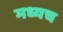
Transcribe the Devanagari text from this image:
मध्यच